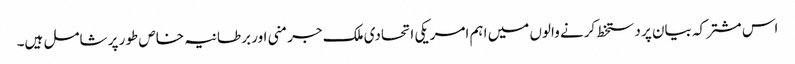
اس مشترکہ بیان پر دستخط کرنے والوں میں اہم امریکی اتحادی ملک جرمنی اور برطانیہ خاص طور پر شامل ہیں۔